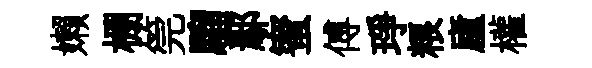
嬾棚筦騮鄢蜜傅琤粮廬權